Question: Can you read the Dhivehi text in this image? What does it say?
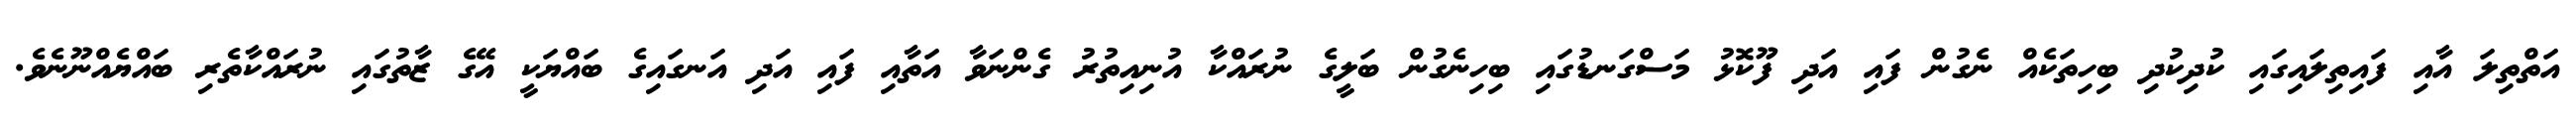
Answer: އަތްތިލަ އާއި ފައިތިލައިގައި ކުދިކުދި ބިހިތަކެއް ނެގުން ފައި އަދި ފޫކޮޅު މަސްގަނޑުގައި ބިހިނެގުން ބަލީގެ ނުރައްކާ އުނިއިތުރު ގެންނަވާ އަތާއި ފައި އަދި އަނގައިގެ ބައްޔަކީ އޭގެ ޒާތުގައި ނުރައްކާތެރި ބައްޔެއްނޫނެވެ.